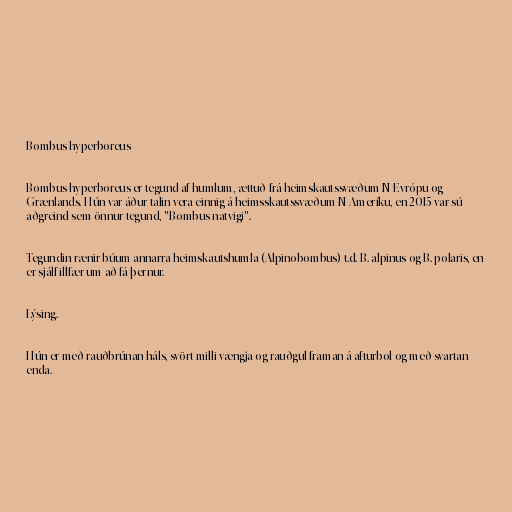
Bombus hyperboreus

Bombus hyperboreus er tegund af humlum, ættuð frá heimskautssvæðum N-Evrópu og
Grænlands. Hún var áður talin vera einnig á heimsskautssvæðum N-Ameríku, en 2015 var sú
aðgreind sem önnur tegund, "Bombus natvigi".

Tegundin rænir búum annarra heimskautshumla (Alpinobombus) t.d. B. alpinus og B. polaris, en
er sjálf illfær um að fá þernur.

Lýsing.

Hún er með rauðbrúnan háls, svört milli vængja og rauðgul framan á afturbol og með svartan
enda.